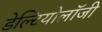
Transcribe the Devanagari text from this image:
डेल्टियोलॉजी